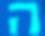
ה